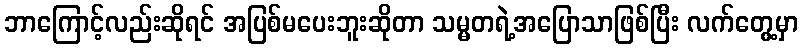
ဘာကြောင့်လည်းဆိုရင် အပြစ်မပေးဘူးဆိုတာ သမ္မတရဲ့အပြောသာဖြစ်ပြီး လက်တွေ့မှာ